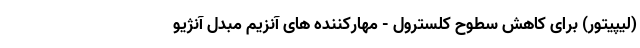
(لیپیتور) برای کاهش سطوح کلسترول - مهارکننده های آنزیم مبدل آنژیو